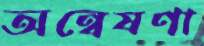
অন্বেষণা